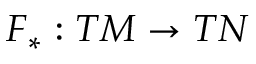
F _ { * } : T M \to T N